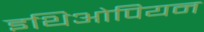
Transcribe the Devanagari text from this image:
इथिओपियन